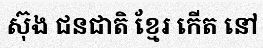
ស៊ុង ជនជាតិ ខ្មែរ កើត នៅ